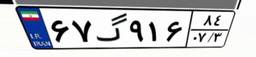
۶۷گ۹۱۶۸۴